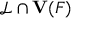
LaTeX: { \mathcal { L } } \cap { \mathbf { V } } ( F )